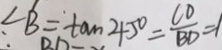
\angle B = \tan 4 5 ^ { \circ } = \frac { C D } { B D } = 1